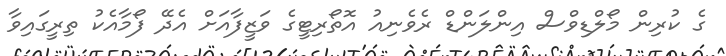
ގެ ކުރިން މޯލްޑިވްސް އިންލަންޑް ރެވެނިއު އޮތޯރިޓީގެ ވަޒީފާއަށް އެދޭ ފޯމާއެކު ތިރީގައިވާ